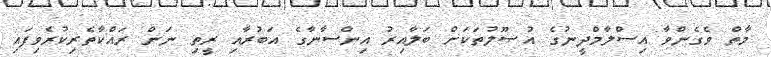
މާތް ވެގެންވާ އިސްލާމްދީނުގެ އުޞޫލުތަކަށް ބަލާއިރު އިންސާނާގެ އަބުރާއި ރީތި ނަން ރައްކާތެރިކުރެވިފައި